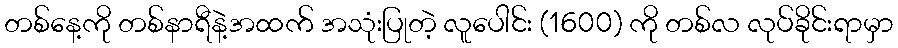
တစ်နေ့ကို တစ်နာရီနဲ့အထက် အသုံးပြုတဲ့ လူပေါင်း (1600) ကို တစ်လ လုပ်ခိုင်းရာမှာ